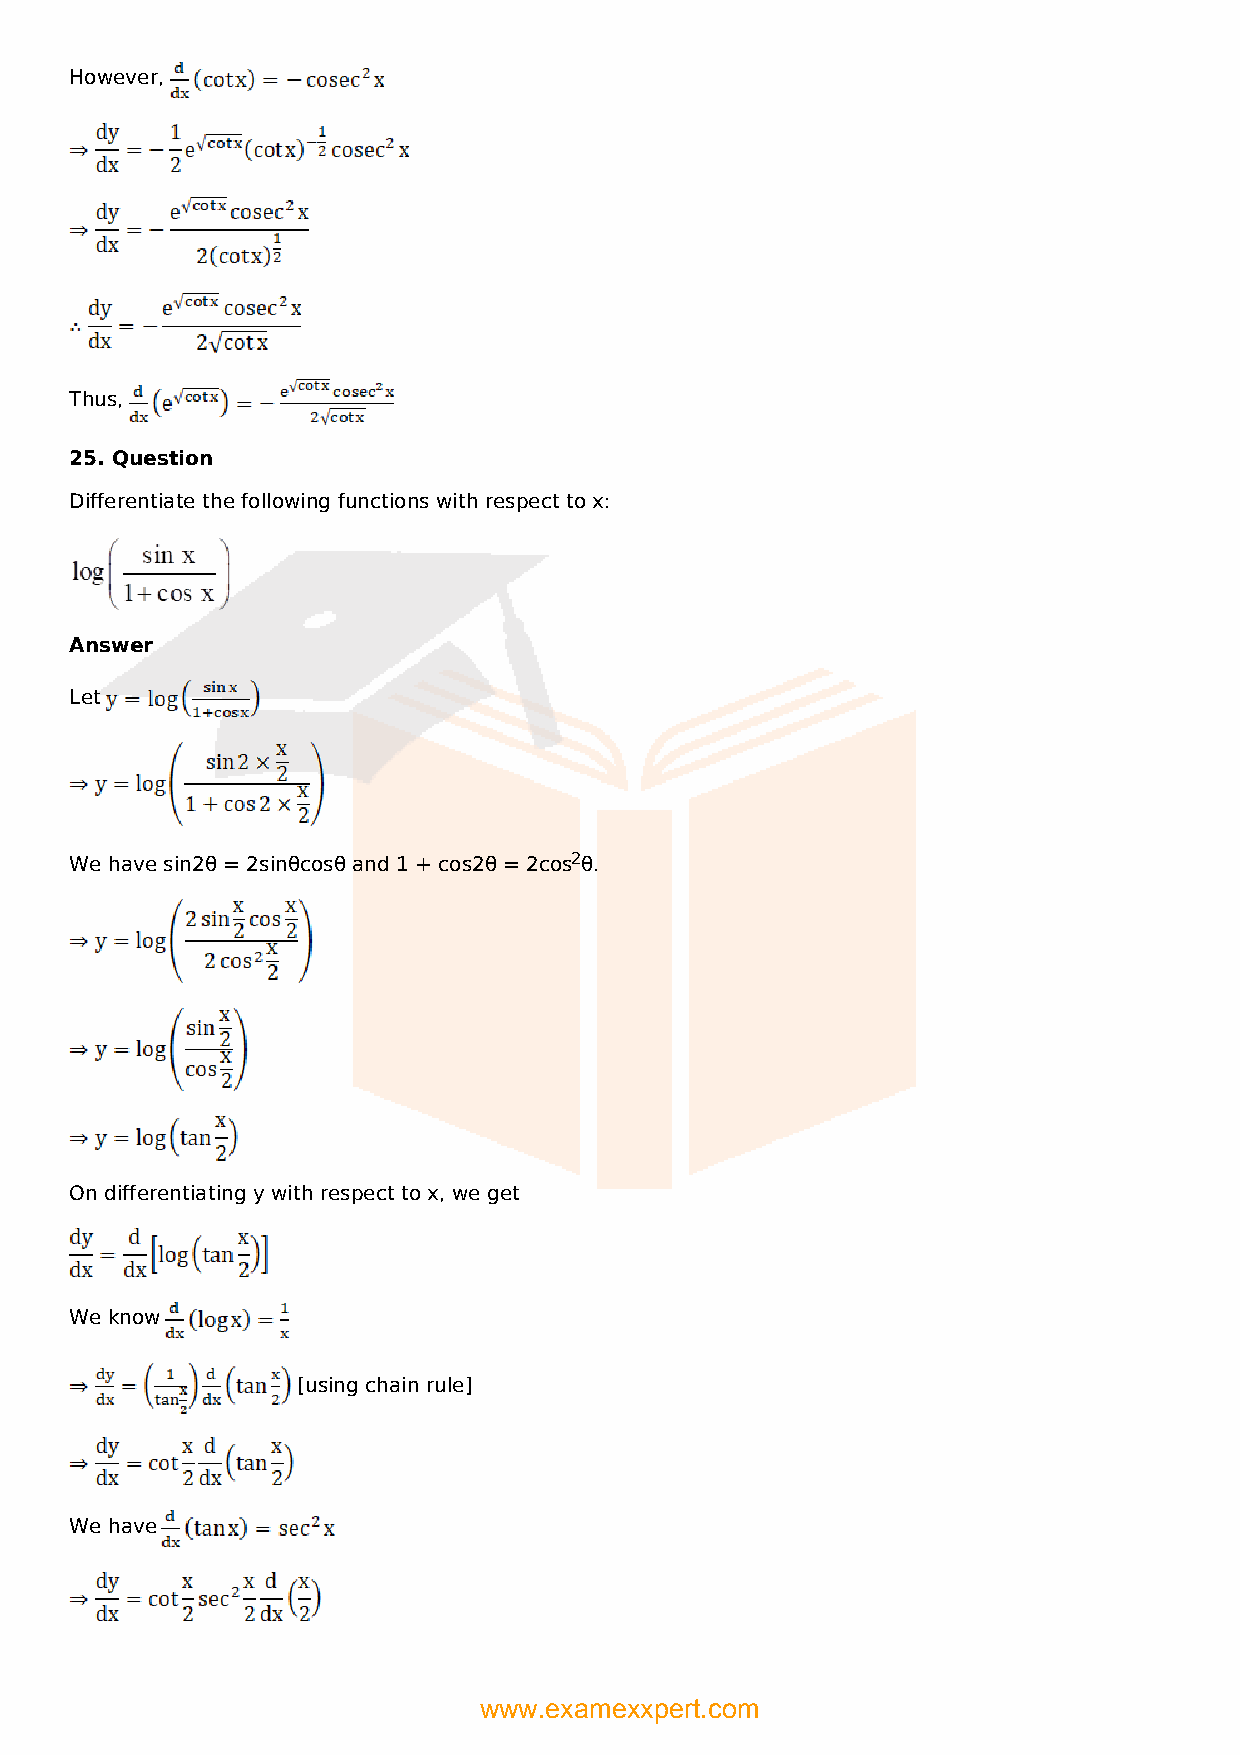
However,
 Thus,
 25. Question
 Differentiate the following functions with respect to x:
 Answer
 Let
 We have sin2θ = 2sinθcosθ and 1 + cos2θ = 2cos2θ.
 On differentiating y with respect to x, we get
 We know
 [using chain rule]
 We have
 www.examexxpert.com